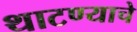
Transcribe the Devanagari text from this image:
थाटण्याचे